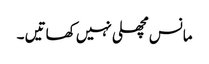
مانس مچھلی نہیں کھاتیں ۔